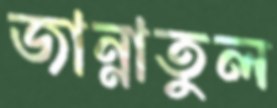
জান্নাতুল